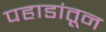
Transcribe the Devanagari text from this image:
पहाडांतून